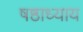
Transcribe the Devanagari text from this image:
षष्ठाध्याय